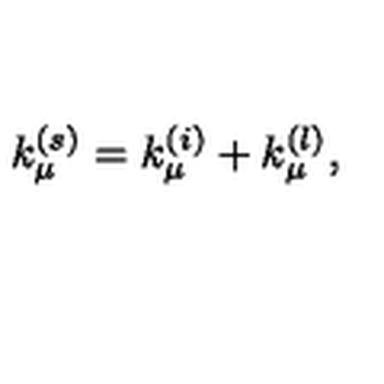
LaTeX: k _ { \mu } ^ { ( s ) } = k _ { \mu } ^ { ( i ) } + k _ { \mu } ^ { ( l ) } ,